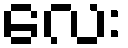
လေး